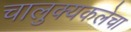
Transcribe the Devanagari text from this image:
चालुक्यकलेचा